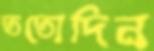
ততোদিন